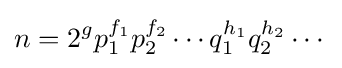
n=2^{g}p_{1}^{f_{1}}p_{2}^{f_{2}}\cdots q_{1}^{h_{1}}q_{2}^{h_{2}}\cdots